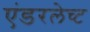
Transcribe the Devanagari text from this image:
एंडरलेच्ट